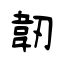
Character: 韌